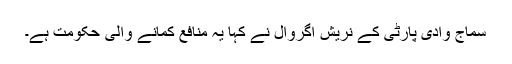
سماج وادی پارٹی کے نریش اگروال نے کہا یہ منافع کمانے والی حکومت ہے۔